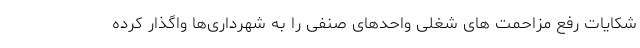
شکایات رفع مزاحمت های شغلی واحدهای صنفی را به شهرداری‌ها واگذار کرده